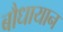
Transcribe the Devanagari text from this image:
बौधायान